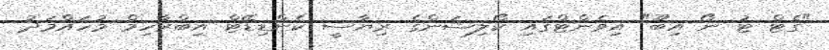
"ގެޓް ޓު ނޯ އިބޫ" އިވެންޓްގައި ކޯލިޝަންގެ ރިޔާސީ ކެންޑިޑޭޓް އިބްރާހިމް މުހައްމަދު